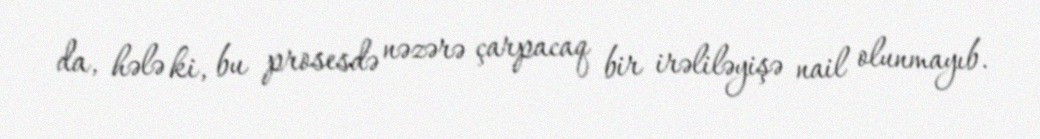
da, hələ ki, bu prosesdə nəzərə çarpacaq bir irəliləyişə nail olunmayıb.